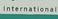
international